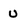
Character: U